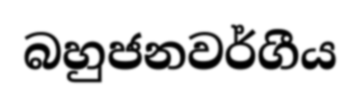
බහුජනවර්ගීය